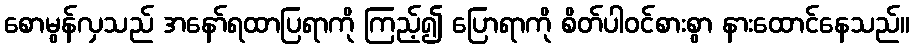
စောမွန်လှသည် အနော်ရထာပြရာကို ကြည့်၍ ပြောရာကို စိတ်ပါဝင်စားစွာ နားထောင်နေသည်။